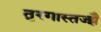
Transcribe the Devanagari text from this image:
तुरगास्तज्झै